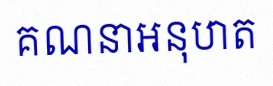
គណនាអនុបាត